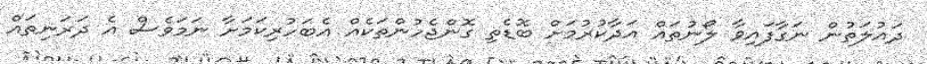
ދައުލަތުން ނަގާފައިވާ ލޯނުތައް އަދާކުރުމަށް ބޮޑެތި ގޮންޖެހުންތަކެއް އެބަހުރިކަމަށާ ނަމަވެސް އެ ދަރަނިތައް